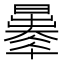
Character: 𣋦